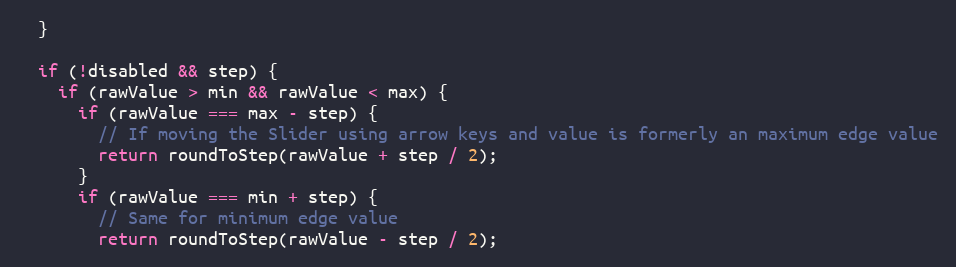
Language: JavaScript
  }

  if (!disabled && step) {
    if (rawValue > min && rawValue < max) {
      if (rawValue === max - step) {
        // If moving the Slider using arrow keys and value is formerly an maximum edge value
        return roundToStep(rawValue + step / 2);
      }
      if (rawValue === min + step) {
        // Same for minimum edge value
        return roundToStep(rawValue - step / 2);